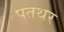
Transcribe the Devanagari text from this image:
पतथर